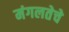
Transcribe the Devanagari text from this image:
मंगलतेचे